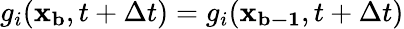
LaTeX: g_{i}(\mathbf{x_{b}},t+\Delta t)=g_{i}(\mathbf{x_{b-1}},t+\Delta t)